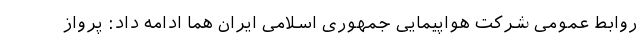
روابط عمومی شرکت هواپیمایی جمهوری اسلامی ایران هما ادامه داد: پرواز